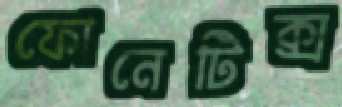
ফোনেটিক্স